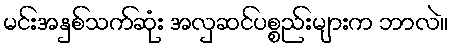
မင်းအနှစ်သက်ဆုံး အလှဆင်ပစ္စည်းများက ဘာလဲ။